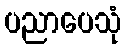
ပညာပေသုံ